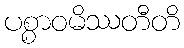
ပစ္စာဝမိဿတီတိ